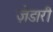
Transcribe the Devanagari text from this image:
ज़ेडारी